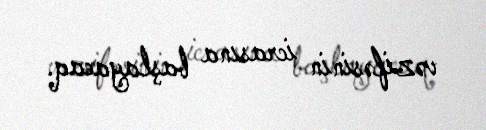
vəzifəsinin icrasına başlayacaq.